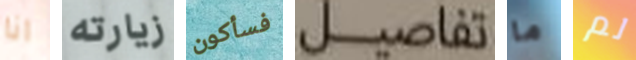
انا زيارته فسأكون تفاصيل ما لم